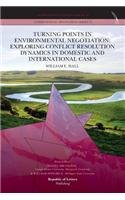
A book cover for Turning Points in Environmental Negotiation: Exploring Conflict Resolution Dynamics in Domestic and International Cases; William E. Hall; Business & Money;